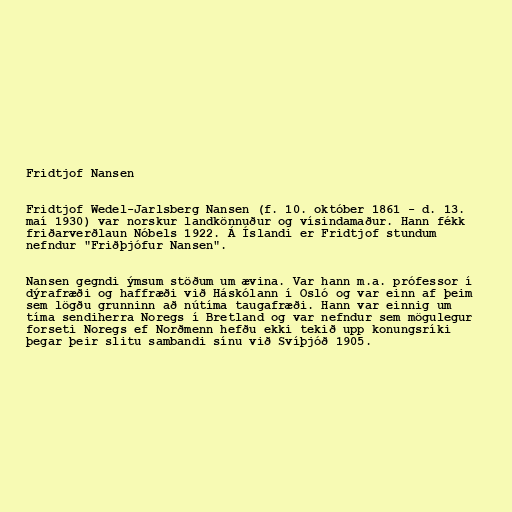
Fridtjof Nansen

Fridtjof Wedel-Jarlsberg Nansen (f. 10. október 1861 - d. 13.
maí 1930) var norskur landkönnuður og vísindamaður. Hann fékk
friðarverðlaun Nóbels 1922. Á Íslandi er Fridtjof stundum
nefndur "Friðþjófur Nansen".

Nansen gegndi ýmsum stöðum um ævina. Var hann m.a. prófessor í
dýrafræði og haffræði við Háskólann í Osló og var einn af þeim
sem lögðu grunninn að nútíma taugafræði. Hann var einnig um
tíma sendiherra Noregs í Bretland og var nefndur sem mögulegur
forseti Noregs ef Norðmenn hefðu ekki tekið upp konungsríki
þegar þeir slitu sambandi sínu við Svíþjóð 1905.